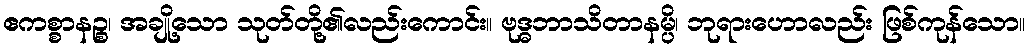
ဧကစ္စာနဉ္စ၊ အချို့သော သုတ်တို့၏လည်းကောင်း။ ဗုဒ္ဓဘာသိတာနမ္ပိ၊ ဘုရားဟောလည်း ဖြစ်ကုန်သော။